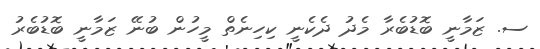
ސ. ޒަމާނީ ބޮޑުބެރާ މެދު ދެކެނީ ކިހިނެތް މީހުން ބުނޭ ޒަމާނީ ބޮޑުބެރު